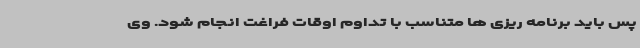
پس باید برنامه ریزی ها متناسب با تداوم اوقات فراغت انجام شود. وی